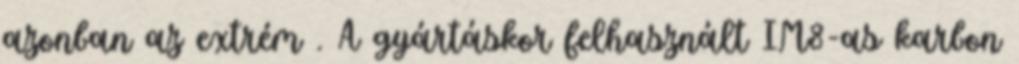
azonban az extrém . A gyártáskor felhasznált IM8-as karbon